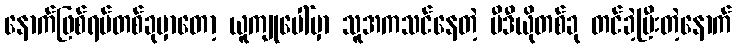
နောက်ဖြစ်ရပ်တစ်ခုမှာတော့ ယူကျုပေါ်မှာ သူအကသင်နေတဲ့ ဗီဒီယိုတစ်ခု တင်ခဲ့ပြီးတဲ့နောက်